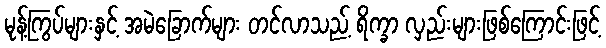
မုန့်ကြွပ်များနှင့် အမဲခြောက်များ တင်လာသည့် ရိက္ခာ လှည်းများဖြစ်ကြောင်းဖြင့်